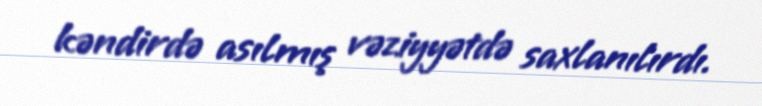
kəndirdə asılmış vəziyyətdə saxlanılırdı.